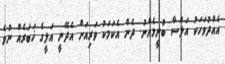
އެއްދުވަހަކު އަލްސާ ބުނީމެއްނު. ދެން އެކަމަކު ވަރިއަށް އެދޭނީ އަލީގެ ޚަބަރެއް ނުވެ